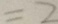
= 2